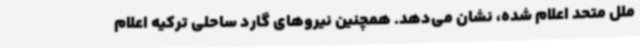
ملل متحد اعلام شده، نشان می‌دهد. همچنین نیروهای گارد ساحلی ترکیه اعلام